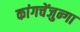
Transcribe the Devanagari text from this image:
कांगचेंजुन्गा